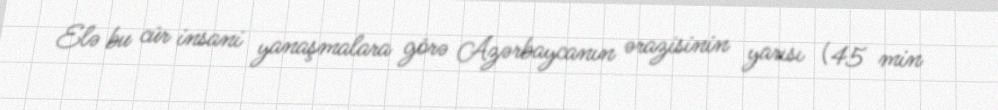
Elə bu cür insani yanaşmalara görə Azərbaycanın ərazisinin yarısı (45 min